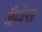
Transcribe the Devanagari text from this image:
जैग्रोस